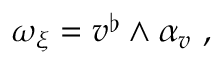
\omega _ { \xi } = v ^ { \flat } \wedge \alpha _ { v } \ ,